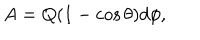
A = Q ( 1 - \cos \theta ) d \phi ,